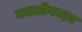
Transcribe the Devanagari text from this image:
क्वालीफाइड